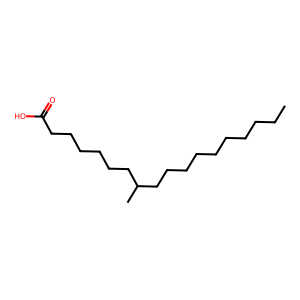
SMILES: CCCCCCCCCCC(C)CCCCCCC(=O)O
Inhibits HIV replication: No